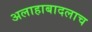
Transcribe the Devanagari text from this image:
अलाहाबादलाच